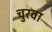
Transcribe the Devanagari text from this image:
चुरवा